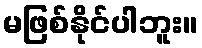
မဖြစ်နိုင်ပါဘူး။